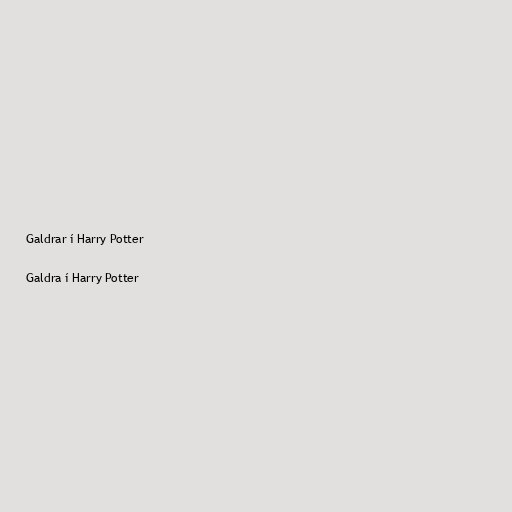
Galdrar í Harry Potter

Galdra í Harry Potter